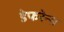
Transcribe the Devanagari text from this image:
डेफरेन्स